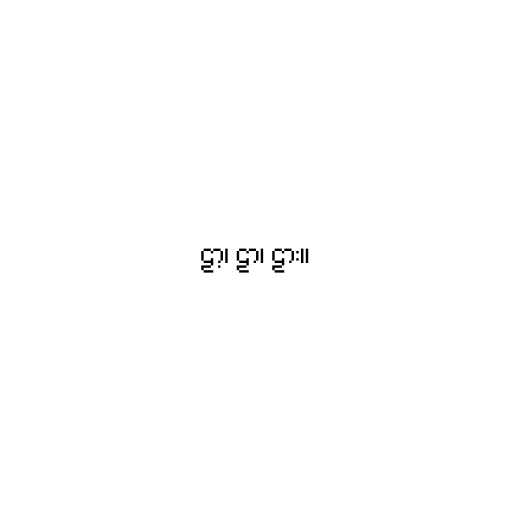
ဠာ့၊ ဠာ၊ ဠား။